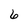
Character: 6